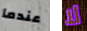
عندما لا